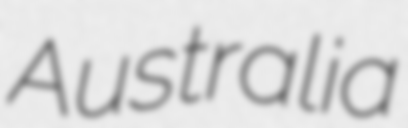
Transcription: Australia